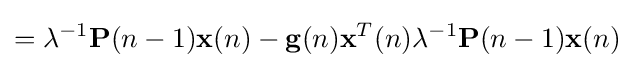
=\lambda ^{-1}\mathbf {P} (n-1)\mathbf {x} (n)-\mathbf {g} (n)\mathbf {x} ^{T}(n)\lambda ^{-1}\mathbf {P} (n-1)\mathbf {x} (n)